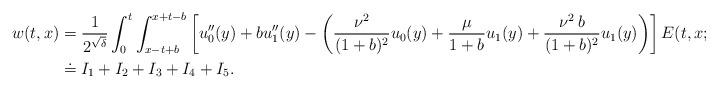
LaTeX: \begin{align*}w(t,x) & = \frac{1}{2^{\sqrt{\delta}}} \int_0^t \int_{x-t+b}^{x+t-b} \left[u_0''(y)+bu_1''(y)-\left(\frac{\nu^2}{(1+b)^2}u_0(y)+\frac{\mu}{1+b}u_1(y)+\frac{\nu^2\, b}{(1+b)^2}u_1(y)\right)\right] E(t,x;b,y;\mu,\nu^2) \, \mathrm{d}y\, \mathrm{d}b \\ & \doteq I_1+I_2+I_3+I_4+I_5.\end{align*}